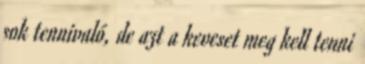
sok tennivaló, de azt a keveset meg kell tenni